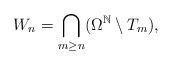
LaTeX: \begin{align*}W_n=\bigcap_{m\geq n} (\Omega^{\mathbb N}\setminus T_m),\end{align*}